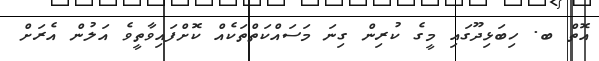
އޮތް ބ. ހިބަޅިދޫގައި މީގެ ކުރިން ގިނަ މަސައްކަތްތަކެއް ކޮށްފައިވާތީވެ އަލުން އެރަށް